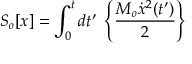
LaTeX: S _ { o } [ x ] = \int _ { 0 } ^ { t } { d t ^ { \prime } } \; \left\{ \frac { M _ { o } \dot { x } ^ { 2 } ( t ^ { \prime } ) } { 2 } \right\}